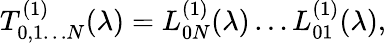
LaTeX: T_{0,1\dots N}^{(1)}(\lambda)=L_{0N}^{(1)}(\lambda)\dots L_{01}^{(1)}(\lambda),